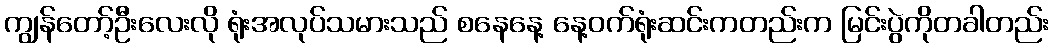
ကျွန်တော့်ဦးလေးလို ရုံးအလုပ်သမားသည် စနေနေ့ နေ့ဝက်ရုံးဆင်းကတည်းက မြင်းပွဲကိုတခါတည်း